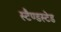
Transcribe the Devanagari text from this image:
स्टैण्डस्टेड